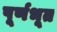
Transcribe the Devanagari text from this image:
पूर्णभूत